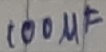
Text: 100µF